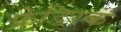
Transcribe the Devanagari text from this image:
फ्रेडिरक